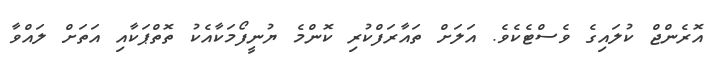
އޮރެންޖް ކުލައިގެ ވެސްޓެކެވެ. އަލަށް ތައާރަފްކުރި ކޮންމެ ޔުނީފޯމަކާއެކު ތޮތްޕަކާއި އަތަށް ލައްވާ